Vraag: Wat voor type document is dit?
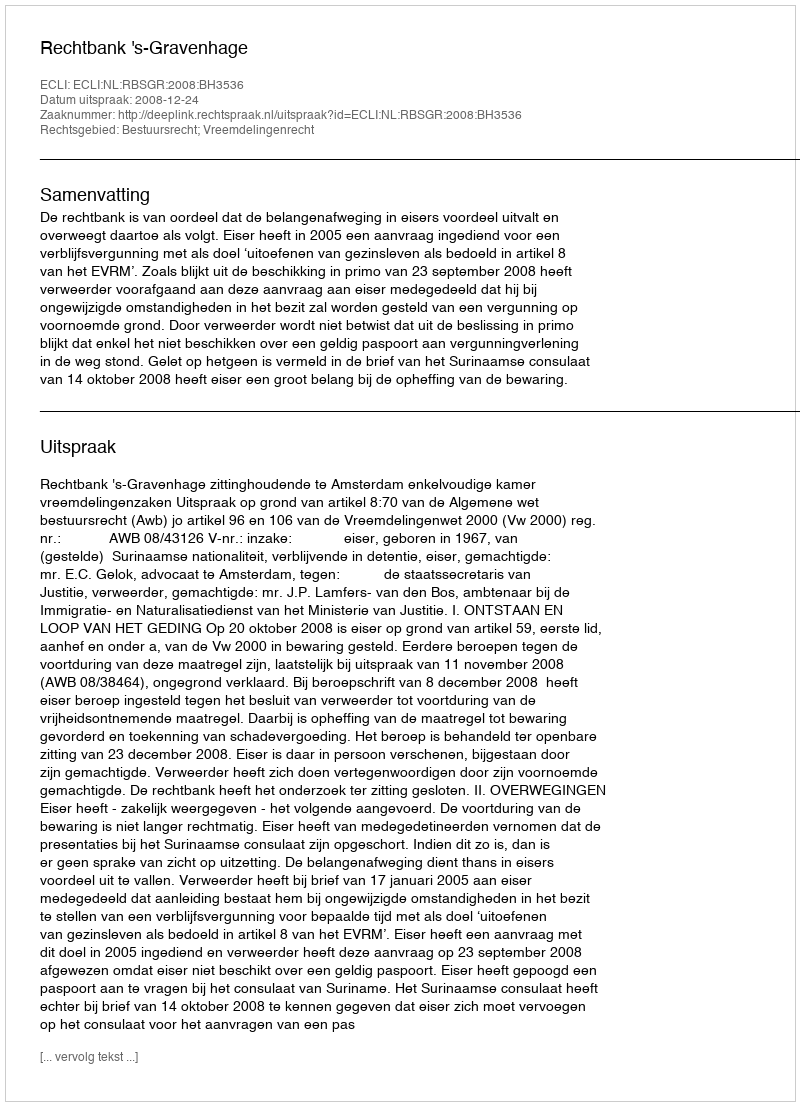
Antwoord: Uitspraak